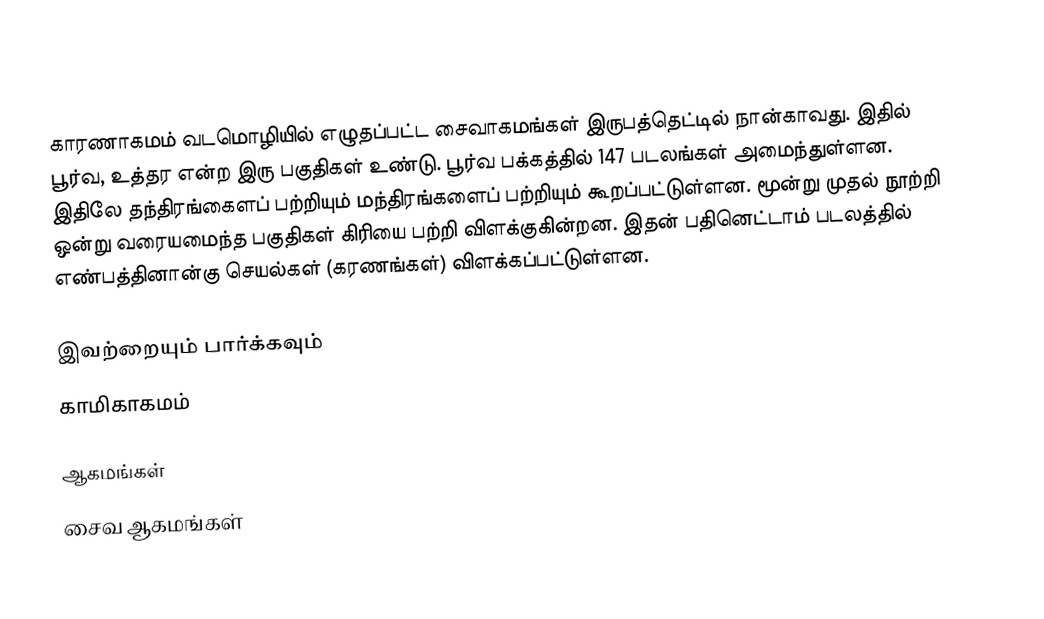
காரணாகமம் வடமொழியில் எழுதப்பட்ட சைவாகமங்கள் இருபத்தெட்டில் நான்காவது. இதில் பூர்வ, உத்தர என்ற இரு பகுதிகள் உண்டு. பூர்வ பக்கத்தில் 147 படலங்கள் அமைந்துள்ளன. இதிலே தந்திரங்கைளப் பற்றியும் மந்திரங்களைப் பற்றியும் கூறப்பட்டுள்ளன. மூன்று முதல் நூற்றி ஒன்று வரையமைந்த பகுதிகள் கிரியை பற்றி விளக்குகின்றன. இதன் பதினெட்டாம் படலத்தில் எண்பத்தினான்கு செயல்கள் (கரணங்கள்) விளக்கப்பட்டுள்ளன.

இவற்றையும் பார்க்கவும்
 காமிகாகமம்

 ஆகமங்கள்
சைவ ஆகமங்கள்